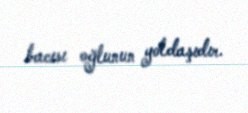
bacısı oğlunun yoldaşıdır.